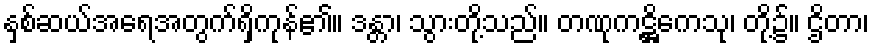
နှစ်ဆယ်အရေအတွက်ရှိကုန်၏။ ဒန္တာ၊ သွားတို့သည်။ တဏုကဋ္ဌိကေသု၊ တို့၌။ ဌိတာ၊